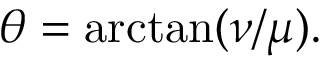
\theta = \arctan ( \nu / \mu ) .